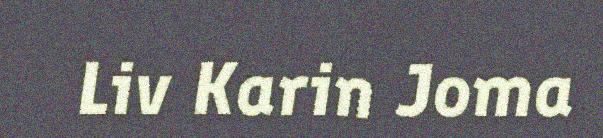
Liv Karin Joma